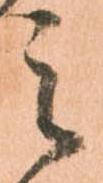
之